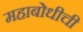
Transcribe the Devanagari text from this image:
महाबोधीची